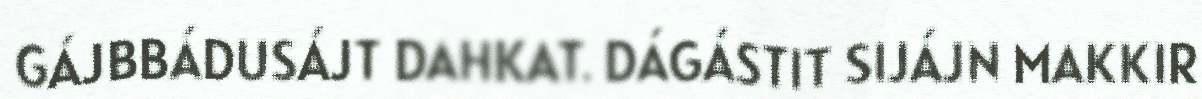
GÁJBBÁDUSÁJT DAHKAT. DÁGÁSTIT SIJÁJN MAKKIR